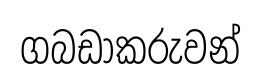
ගබඩාකරුවන්